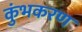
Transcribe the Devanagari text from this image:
कुंभकरण